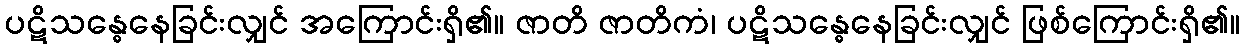
ပဋိသန္ဓေနေခြင်းလျှင် အကြောင်းရှိ၏။ ဇာတိ ဇာတိကံ၊ ပဋိသန္ဓေနေခြင်းလျှင် ဖြစ်ကြောင်းရှိ၏။